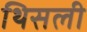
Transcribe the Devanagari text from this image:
थिसली